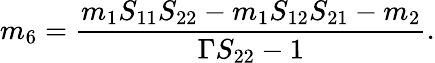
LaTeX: m_{6}=\frac{m_{1}S_{11}S_{22}-m_{1}S_{12}S_{21}-m_{2}}{\Gamma S_{22}-1}.